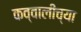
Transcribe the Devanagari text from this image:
कव्वालीच्या